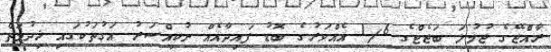
ރާއްޖޭގެ ޖުމުލަ ބަޖެޓްގެ 1/6 އެއްވަރުގެ ބޮޑު ފައިދާއެއް ނުކިއްސަރު އަގުތަކުގައި ޚިދުމަތް